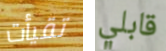
تقيأت قابلي